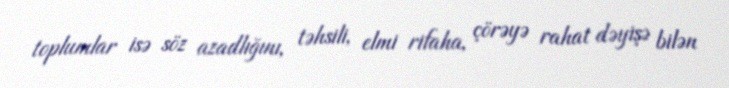
toplumlar isə söz azadlığını, təhsili, elmi rifaha, çörəyə rahat dəyişə bilən